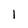
Character: l